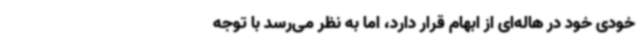
خودی خود در هاله‌ای از ابهام قرار دارد، اما به نظر می‌رسد با توجه